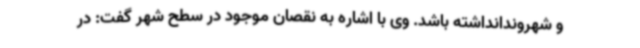
و شهروندانداشته باشد. وی با اشاره به نقصان موجود در سطح شهر گفت: در